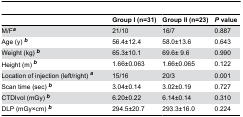
<table><thead><tr><td></td><td><b>Group I (n=31)</b></td><td><b>Group II (n=23)</b></td><td><b><i>P</i> value</b></td></tr></thead><tbody><tr><td>M/F<b><sup><i>a</i></sup></b></td><td>21/10</td><td>16/7</td><td>0.887</td></tr><tr><td>Age (y) <b><sup><i>b</i></sup></b></td><td>56.4±12.4</td><td>58.0±13.6</td><td>0.643</td></tr><tr><td>Weight (kg) <b><sup><i>b</i></sup></b></td><td>65.3±10.1</td><td>69.6± 9.6</td><td>0.990</td></tr><tr><td>Height (m) <b><sup><i>b</i></sup></b></td><td>1.66±0.063</td><td>1.66±0.065</td><td>0.122</td></tr><tr><td>Location of injection (left/right) <b><sup><i>a</i></sup></b></td><td>15/16</td><td>20/3</td><td>0.001</td></tr><tr><td>Scan time (sec) <b><sup><i>b</i></sup></b></td><td>3.04±0.14</td><td>3.02±0.19</td><td>0.727</td></tr><tr><td>CTDIvol (mGy) <b><sup><i>b</i></sup></b></td><td>6.20±0.22</td><td>6.14±0.14</td><td>0.310</td></tr><tr><td>DLP (mGy×cm) <b><sup><i>b</i></sup></b></td><td>294.5±20.7</td><td>293.3±16.0</td><td>0.224</td></tr></tbody></table>